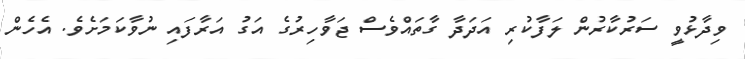
ވިދާޅުވީ ސަރުކާރުން ލަފާކުރި އަދަދާ ގާތައްވެސް ޖަވާހިރުގެ އަގު އަރާފައި ނުވާކަމަށެވެ. އެހެން